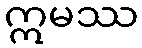
ဣမဿ